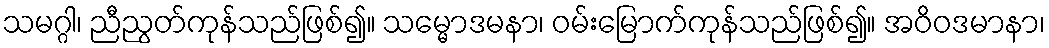
သမဂ္ဂါ၊ ညီညွတ်ကုန်သည်ဖြစ်၍။ သမ္မောဒမနာ၊ ဝမ်းမြောက်ကုန်သည်ဖြစ်၍။ အဝိဝဒမာနာ၊